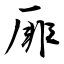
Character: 厞